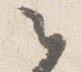
之